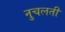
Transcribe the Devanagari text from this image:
नुचलती